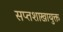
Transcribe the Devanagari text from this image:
सप्तशाखायुक्त